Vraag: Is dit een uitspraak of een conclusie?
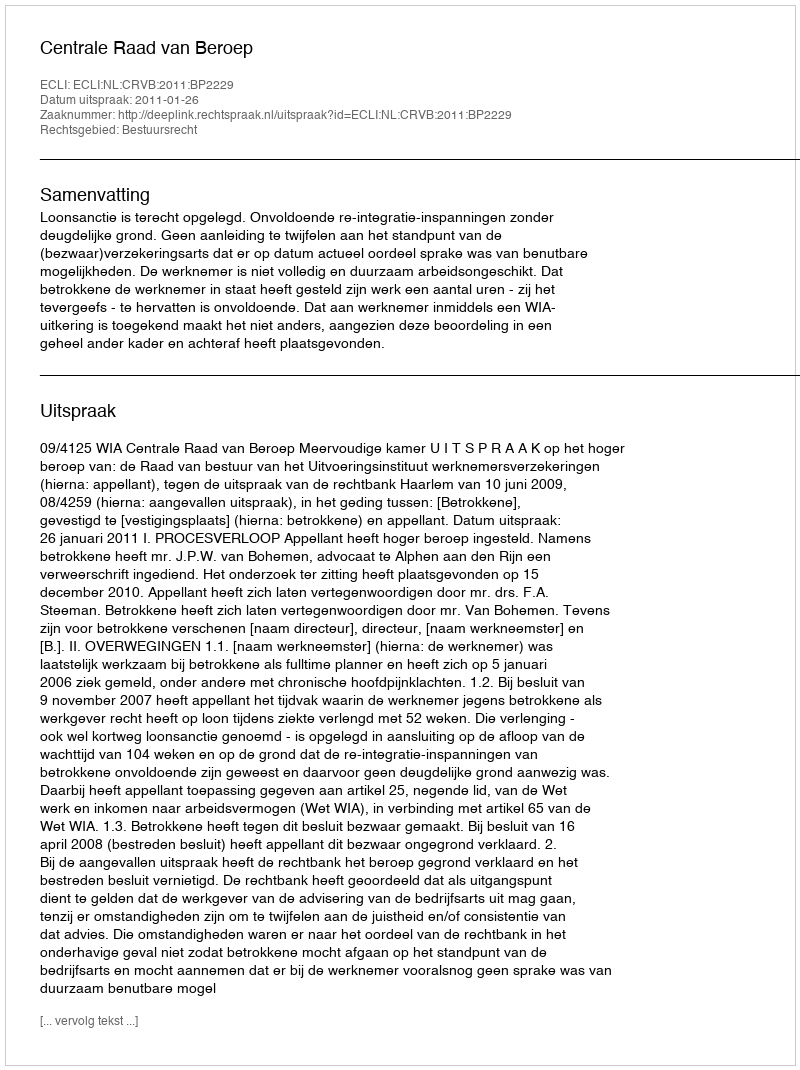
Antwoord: Uitspraak